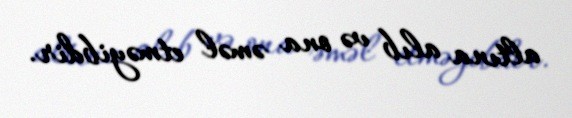
altına alıb və ona əməl etməyibdir.